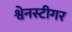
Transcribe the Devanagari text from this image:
श्वेनस्टीगर